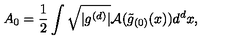
A _ { 0 } = \frac { 1 } { 2 } \int \sqrt { \vert g ^ { ( d ) } \vert } { \cal A } ( \tilde { g } _ { ( 0 ) } ( x ) ) d ^ { d } x ,